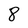
Character: 8